Problem: 48 + 12 = ?
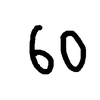
Handwritten answer: 60